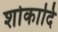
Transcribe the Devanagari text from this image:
शोकादि